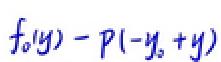
\(f_0(y)-P(-y_3 + y)\)